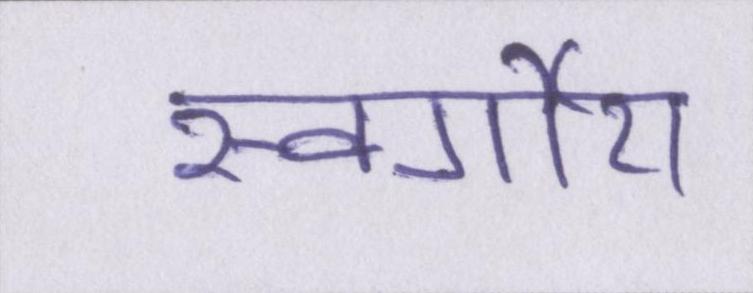
स्वर्गीय